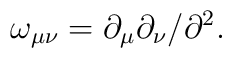
\omega_{\mu\nu}= \partial_{\mu}\partial_{\nu}/\partial^{2}.